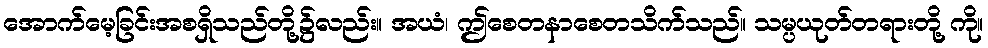
အောက်မေ့ခြင်းအစရှိသည်တို့၌လည်း။ အယံ၊ ဤစေတနာစေတသိက်သည်။ သမ္ပယုတ်တရားတို့ ကို။